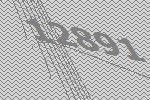
12891